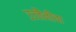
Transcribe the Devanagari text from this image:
उज्जैनीचा